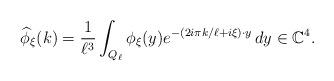
LaTeX: \begin{align*}\widehat{\phi}_{\xi}(k)=\frac{1}{\ell^3}\int_{Q_\ell}\phi_\xi(y)e^{-(2i\pi k/\ell+i\xi)\cdot y}\,dy\in \mathbb{C}^4.\end{align*}